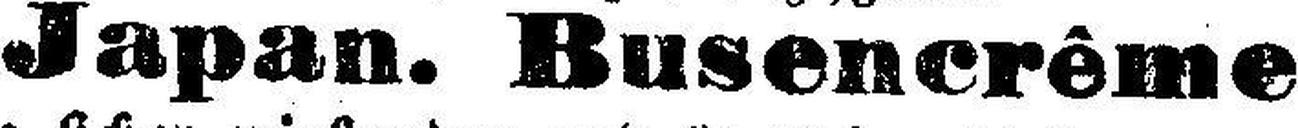
Japan. Busencrême